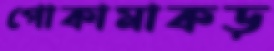
পোকামাকড়